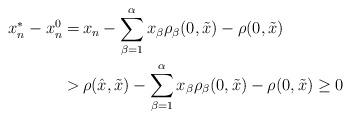
LaTeX: \begin{align*}\begin{aligned}x_n^* - x_n^0 = \,& x_n - \sum_{\beta=1}^\alpha x_\beta \rho_\beta (0, \tilde{x}) - \rho (0, \tilde{x}) \\ > \,& \rho (\hat{x}, \tilde{x}) - \sum_{\beta=1}^\alpha x_\beta \rho_\beta (0, \tilde{x}) - \rho (0, \tilde{x}) \geq 0\end{aligned}\end{align*}